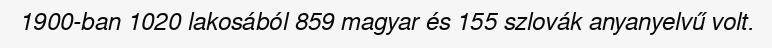
1900-ban 1020 lakosából 859 magyar és 155 szlovák anyanyelvű volt.